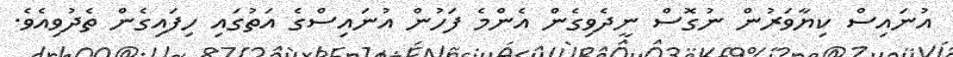
އުނައިސް ކިޔާވަރުން ނުގޮސް ނީދެވިގެން އެންމެ ފަހުން އުނައިސްގެ އަތުގައި ހިފައިގެން ތެދުވިއެވެ.